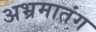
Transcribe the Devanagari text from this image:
अभ्रमातंग